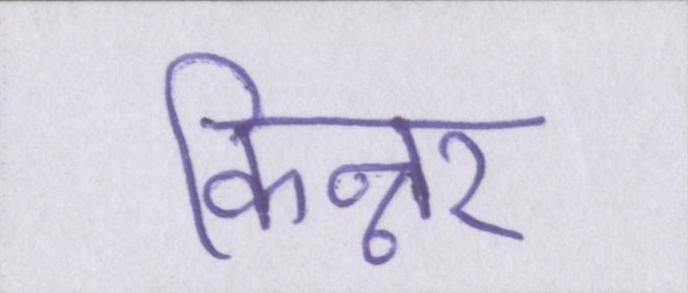
किन्नर